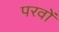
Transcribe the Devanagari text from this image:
परवों